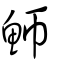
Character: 魳